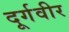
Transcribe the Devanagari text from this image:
दूर्गवीर